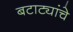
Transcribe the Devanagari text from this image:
बटाट्यांचे